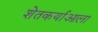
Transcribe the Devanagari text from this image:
शेतकर्याआला